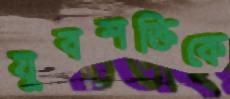
যুবশক্তিকে